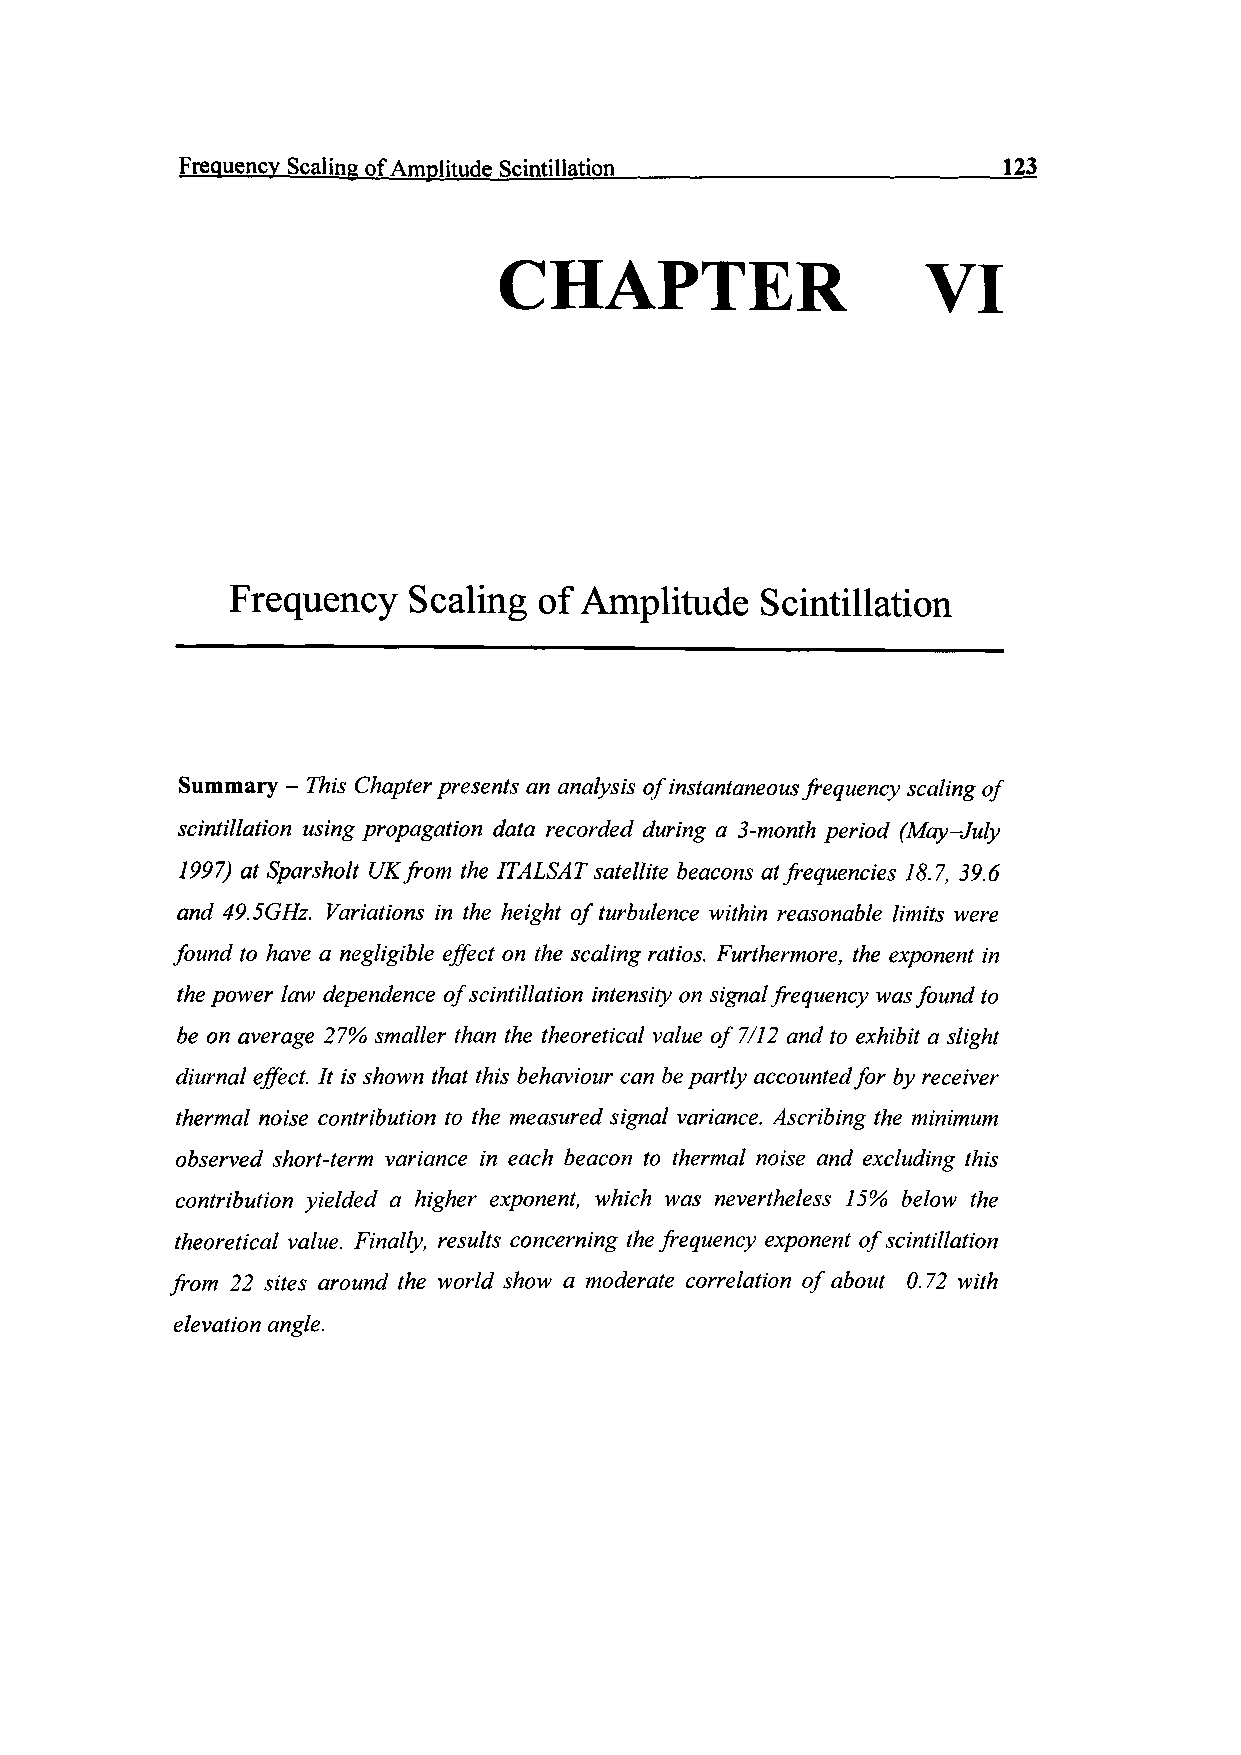
Frequency Scaling of Amplitude Scintillation_____________________123
 CHAPTER                     VI
 Frequency   Scaling  of Amplitude  Scintillation
 Summary - This Chapter presents an analysis of instantaneous frequency scaling of
 scintillation using propagation data recorded during a 3-month period (May-July
 1997) at Sparsholt UK from the ITALSAT satellite beacons at frequencies 18.7, 39.6
 and 49.5GHz. Variations in the height of turbulence -within reasonable limits were
 found to have a negligible effect on the scaling ratios. Furthermore, the exponent in
 the power law dependence of scintillation intensity on signal frequency was found to
 be on average 27% smaller than the theoretical value of 7/12 and to exhibit a slight
 diurnal effect. It is shown that this behaviour can be partly accounted for by receiver
 thermal noise contribution to the measured signal variance. Ascribing the minimum
 observed short-term variance in each beacon to thermal noise and excluding this
 contribution yielded a higher exponent, which was nevertheless 15% below the
 theoretical value. Finally, results concerning the frequency exponent of scintillation
 from 22 sites around the world show a moderate correlation of about 0.72 with
 elevation angle.